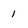
Character: 1